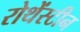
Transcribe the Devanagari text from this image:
रोथेंस्टीन